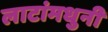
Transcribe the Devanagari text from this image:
लाटांमधुनी